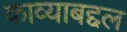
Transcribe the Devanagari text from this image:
काव्याबद्दल